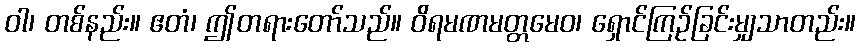
ဝါ၊ တစ်နည်း။ ဧတံ၊ ဤတရားတော်သည်။ ဝိရမဏမတ္တမေဝ၊ ရှောင်ကြဉ်ခြင်းမျှသာတည်း။